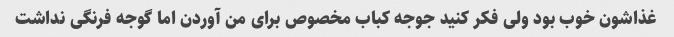
غذاشون خوب بود ولی فکر کنید جوجه کباب مخصوص برای من آوردن اما گوجه فرنگی نداشت